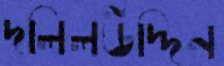
দলিলউদ্দিন